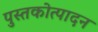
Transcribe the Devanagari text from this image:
पुस्तकोत्पादन